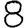
Digit: 8